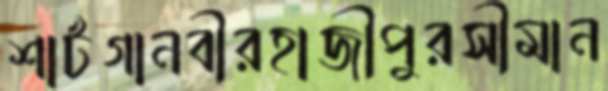
শার্টগানবীরহাজীপুরসীমান